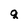
Character: q